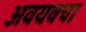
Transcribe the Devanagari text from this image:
अवयवचा